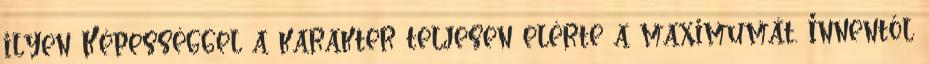
ilyen Képességgel a karakter teljesen elérte a maximumát. Innentől